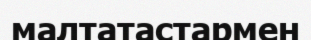
малтатастармен